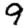
Digit: 9